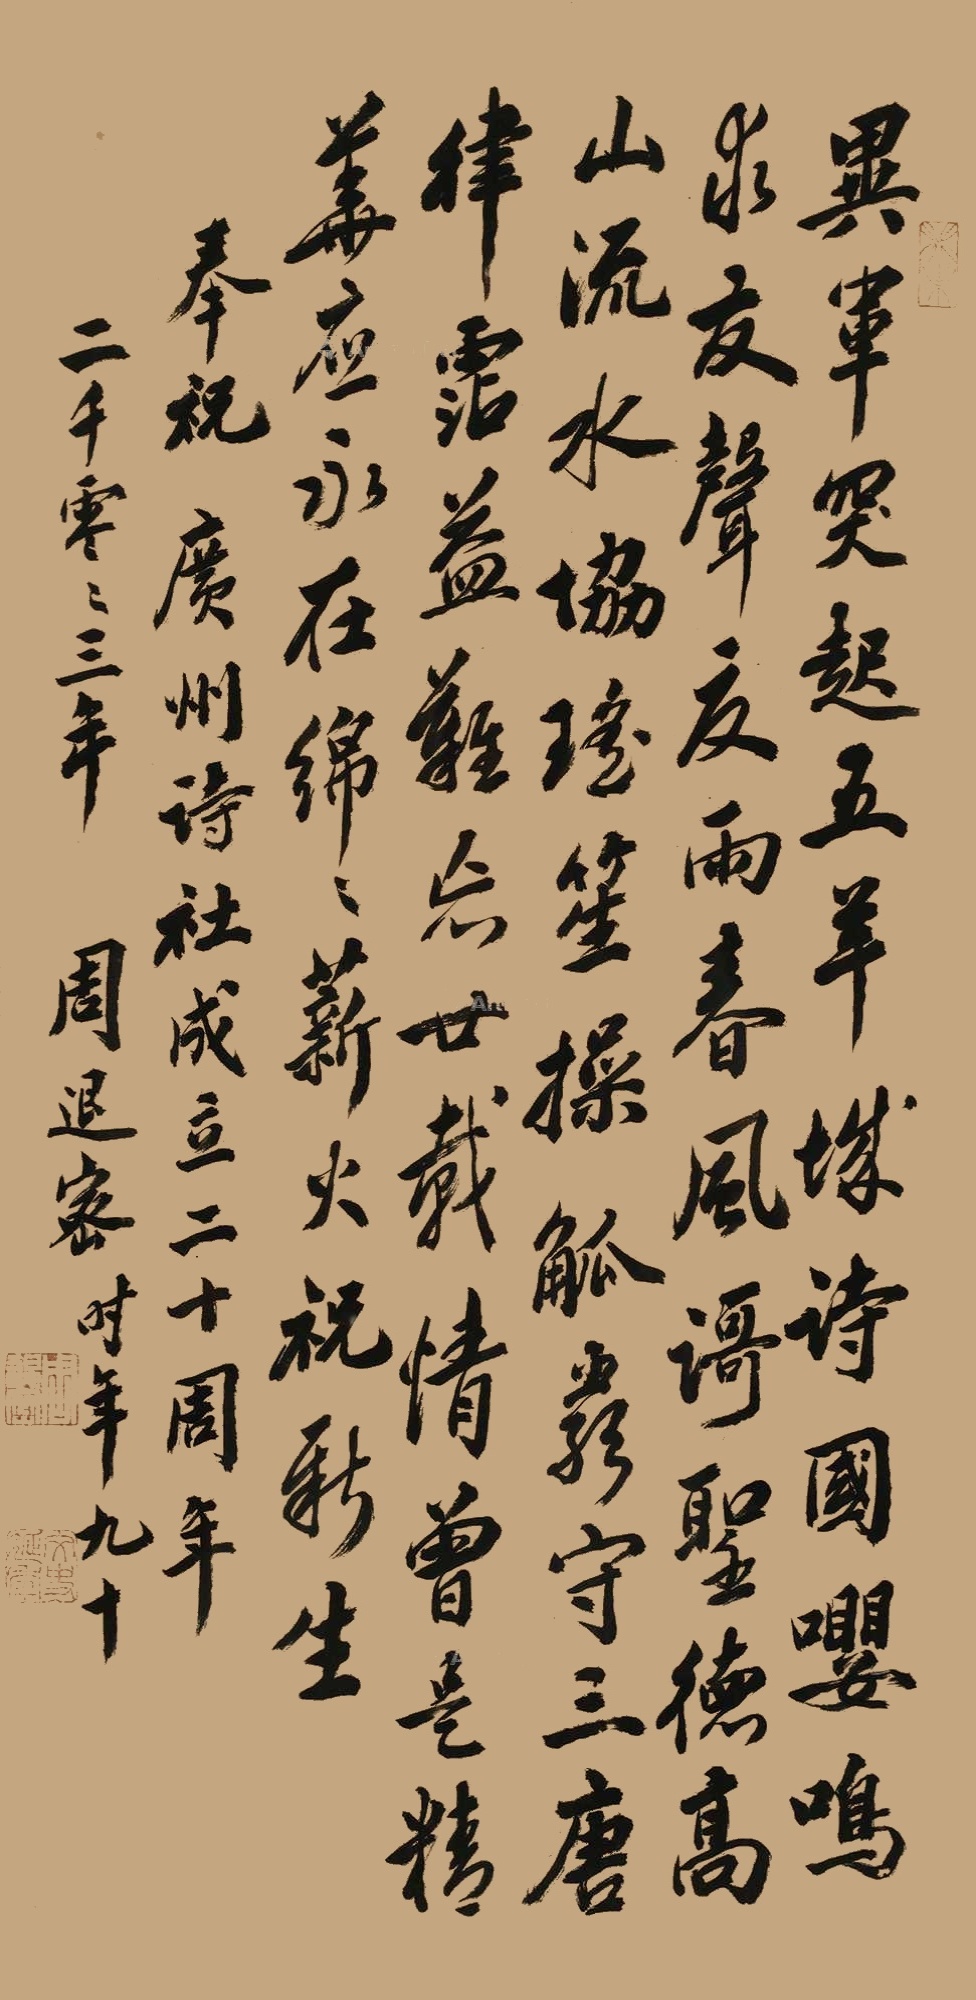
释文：异军突起五羊城，诗国嘤鸣求友声。夏雨春风歌圣德，高山流水协瑶笙。操觚严守三唐律，沾益难忘廿载情。曾是精华应永在，绵绵薪火祝新生。奉祝广州诗社成立二十周年，二千零零三年，周退密时年九十